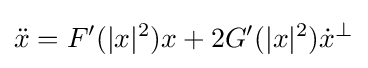
{\ddot {x}}=F^{\prime }(|x|^{2})x+2G^{\prime }(|x|^{2}){\dot {x}}^{\perp }